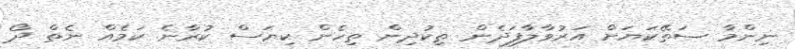
ނިންމާ ސަތޭކަޔަށް އަރުވާލާފަދެން ތިކުދިން ތިހެން ކިޔަސް ކުރާނެ ކަމެއް ނެތް ދޯ